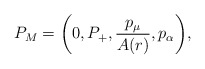
\begin{align*}P_M=\left( 0, P_+, \frac{p_\mu}{A(r)}, p_\alpha \right)\!,\end{align*}